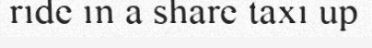
ride in a share taxi up